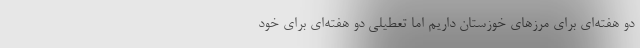
دو هفته‌ای برای مرزهای خوزستان داریم اما تعطیلی دو هفته‌ای برای خود